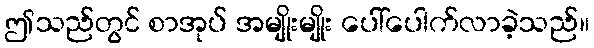
ဤသည်တွင် စာအုပ် အမျိုးမျိုး ပေါ်ပေါက်လာခဲ့သည်။